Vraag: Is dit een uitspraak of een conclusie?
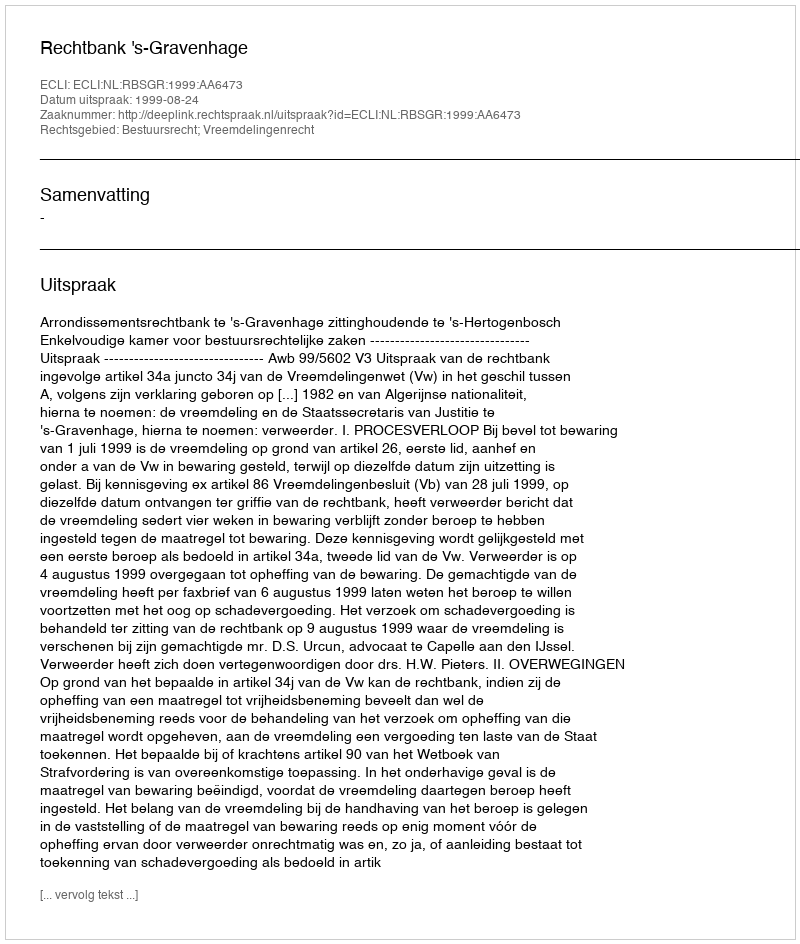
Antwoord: Uitspraak